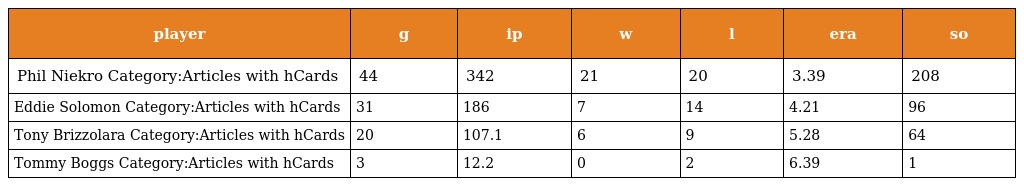
| player | g | ip | w | l | era | so |
 | --- | --- | --- | --- | --- | --- | --- |
 | Phil Niekro Category:Articles with hCards | 44 | 342 | 21 | 20 | 3.39 | 208 |
 | Eddie Solomon Category:Articles with hCards | 31 | 186 | 7 | 14 | 4.21 | 96 |
 | Tony Brizzolara Category:Articles with hCards | 20 | 107.1 | 6 | 9 | 5.28 | 64 |
 | Tommy Boggs Category:Articles with hCards | 3 | 12.2 | 0 | 2 | 6.39 | 1 |